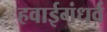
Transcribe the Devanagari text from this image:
हवाईगंधर्व